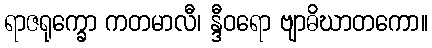
ရာဇရုက္ခော ကတမာလီ၊ န္ဒီဝရော ဗျာဓိဃာတကော။